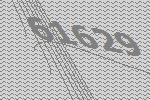
61629